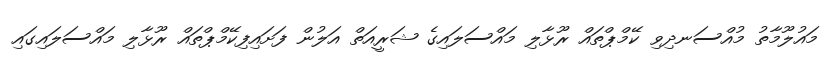
މައުލޫމާތު މުއްސަނދިވި ކޭމްޕްތައް ރޫޅާލި މައްސަލައިގެ ޝަރީއަތް އަލުން ފަށައިފިކޭމްޕްތައް ރޫޅާލި މައްސަލައިގައި